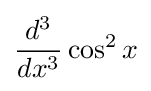
{d^{3} \over dx^{3}}\cos ^{2}x